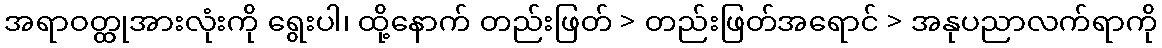
အရာဝတ္ထုအားလုံးကို ရွေးပါ၊ ထို့နောက် တည်းဖြတ် > တည်းဖြတ်အရောင် > အနုပညာလက်ရာကို